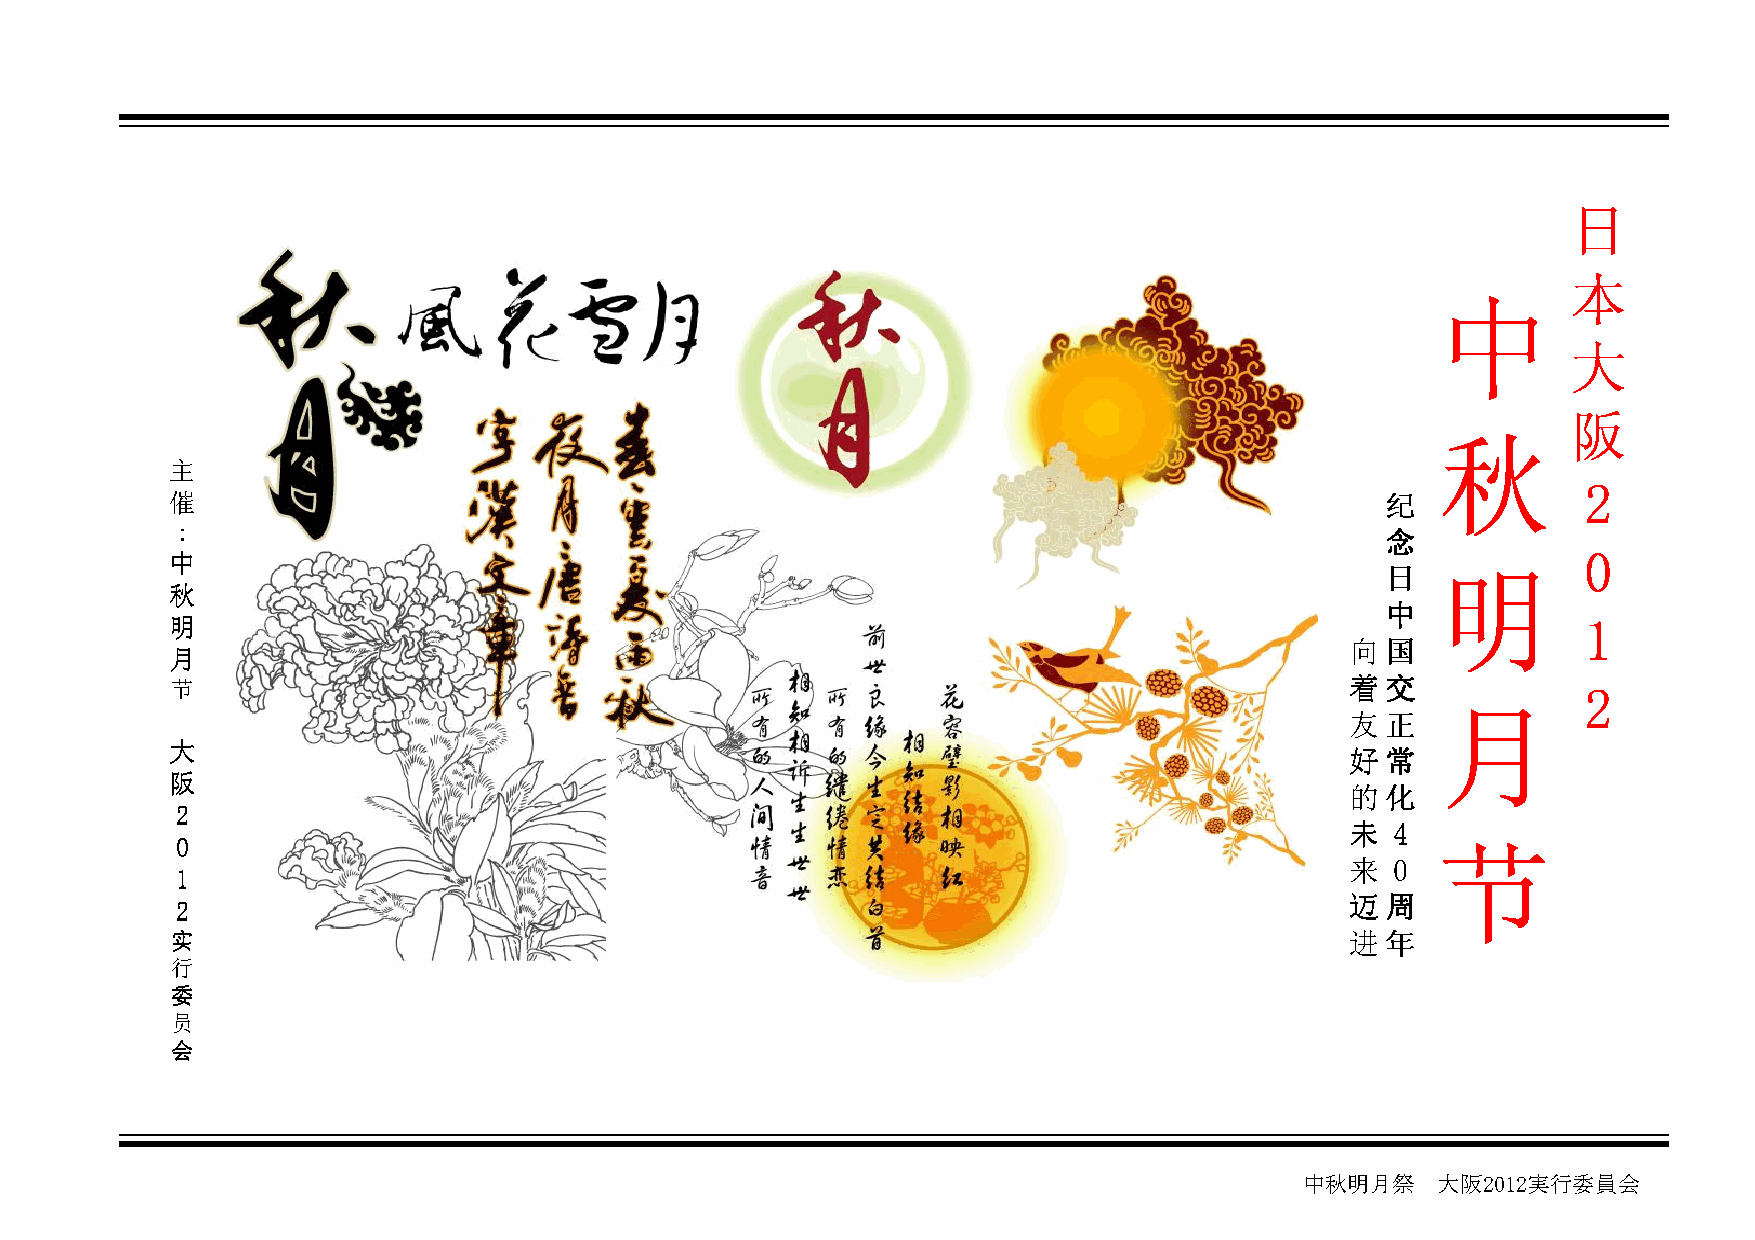
日日日日
 本本本本
 中中中中
 大大大大
 阪阪阪阪
 秋秋秋秋
 主主主主
 2222
 催催催催                                                                             纪纪纪纪
 ：：：：
 念念念念
 0000
 中中中中                                                                                明明明明
 日日日日
 秋秋秋秋
 中中中中
 明明明明                                                                                          1111
 向向向向国国国国
 月月月月
 节节节节                                                                          着着着着交交交交        2222
 月月月月
 友友友友正正正正
 大大大大
 好好好好常常常常
 阪阪阪阪
 的的的的化化化化
 2222
 未未未未 4444
 0000                                                                               节节节节
 来来来来 0000
 1111
 2222
 迈迈迈迈周周周周
 实实实实                                                                          进进进进年年年年
 行行行行
 委委委委
 员员员员
 会会会会
 中秋明月祭    大阪2012実行委員会